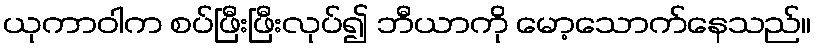
ယုကာဝါက စပ်ဖြီးဖြီးလုပ်၍ ဘီယာကို မော့သောက်နေသည်။